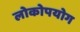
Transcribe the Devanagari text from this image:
लोकोपयोग